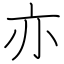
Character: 亦